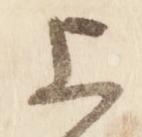
上